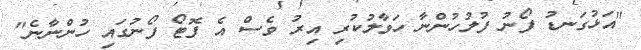
"އަޅުގަނޑު ފޯނު ފުލުހުންނާ ހަވާލުކުރި އިރު ވެސް އެ ފޮޓޯ ފޯނުގައި ހުންނާނެ"